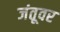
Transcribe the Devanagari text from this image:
जंतूवर